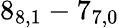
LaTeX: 8_{8,1}-7_{7,0}